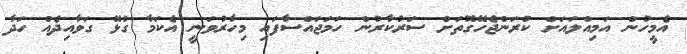
އެމީހުން އަމިއްލައަށް ކުރަންޖެހޭގޮތަށް ސަރުކާރުން ހަމަޖައްސާފައި މިހާރުވަނީ އެކަމާ ގުޅޭ ގަވާއިދެއް ހަދާ